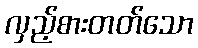
လှည့်စားတတ်သော